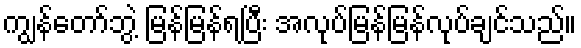
ကျွန်တော်ဘွဲ့ မြန်မြန်ရပြီး အလုပ်မြန်မြန်လုပ်ချင်သည်။